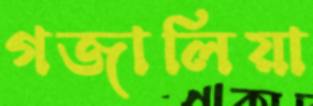
গজালিয়া